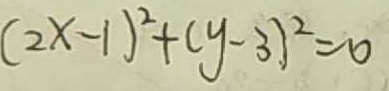
( 2 x - 1 ) ^ { 2 } + ( y - 3 ) ^ { 2 } = 0